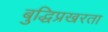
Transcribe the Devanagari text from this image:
बुद्धिप्रखरता